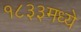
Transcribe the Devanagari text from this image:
१८३३मध्ये